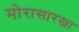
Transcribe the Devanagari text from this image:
मोरासारखा